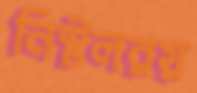
নিস্টলরয়